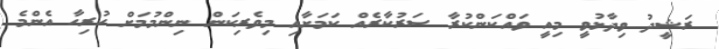
ރަޝީދު ވިދާޅުވީ މިއީ ވައްކަންކުރާ ސަރުކާރެއް ކަމަށާއި މިވެރިކަން ނިންމުމަށް ހުރިހާ އެންމެ